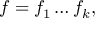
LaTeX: f = f _ { 1 } \ldots f _ { k } ,